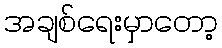
အချစ်ရေးမှာတော့